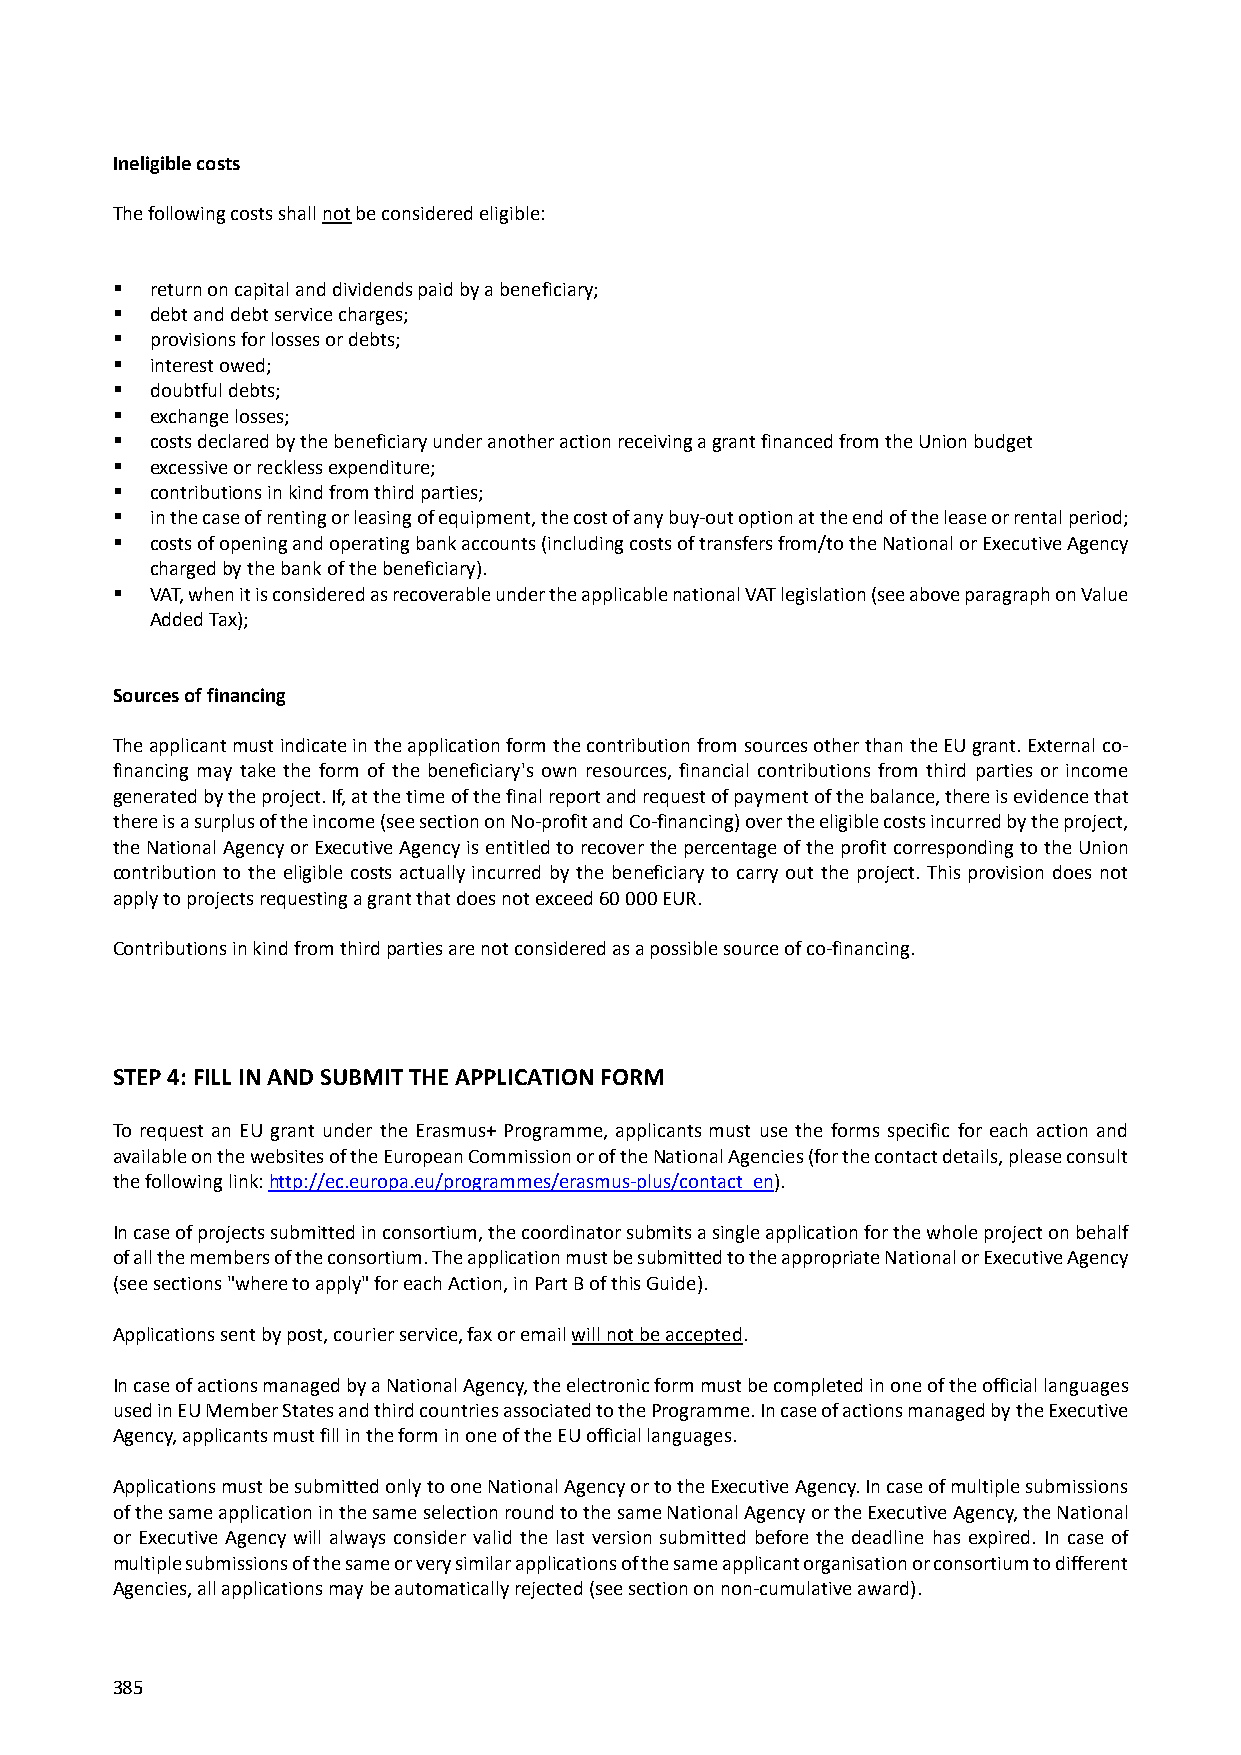
Ineligible costs
 The following costs shall not be considered eligible:
   return on capital and dividends paid by a beneficiary;
   debt and debt service charges;
   provisions for losses or debts;
   interest owed;
   doubtful debts;
   exchange losses;
   costs declared by the beneficiary under another action receiving a grant financed from the Union budget
   excessive or reckless expenditure;
   contributions in kind from third parties;
   in the case of renting or leasing of equipment, the cost of any buy‐out option at the end of the lease or rental period;
   costs of opening and operating bank accounts (including costs of transfers from/to the National or Executive Agency
 charged by the bank of the beneficiary).
   VAT, when it is considered as recoverable under the applicable national VAT legislation (see above paragraph on Value
 Added Tax);
 Sources of financing
 The applicant must indicate in the application form the contribution from sources other than the EU grant. External co‐
 financing may take the form of the beneficiary's own resources, financial contributions from third parties or income
 generated by the project. If, at the time of the final report and request of payment of the balance, there is evidence that
 there is a surplus of the income (see section on No‐profit and Co‐financing) over the eligible costs incurred by the project,
 the National Agency or Executive Agency is entitled to recover the percentage of the profit corresponding to the Union
 contribution to the eligible costs actually incurred by the beneficiary to carry out the project. This provision does not
 apply to projects requesting a grant that does not exceed 60 000 EUR.
 Contributions in kind from third parties are not considered as a possible source of co‐financing.
 STEP 4: FILL IN AND SUBMIT THE APPLICATION FORM
 To request an EU grant under the Erasmus+ Programme, applicants must use the forms specific for each action and
 available on the websites of the European Commission or of the National Agencies (for the contact details, please consult
 the following link: http://ec.europa.eu/programmes/erasmus‐plus/contact_en).
 In case of projects submitted in consortium, the coordinator submits a single application for the whole project on behalf
 of all the members of the consortium. The application must be submitted to the appropriate National or Executive Agency
 (see sections "where to apply" for each Action, in Part B of this Guide).
 Applications sent by post, courier service, fax or email will not be accepted.
 In case of actions managed by a National Agency, the electronic form must be completed in one of the official languages
 used in EU Member States and third countries associated to the Programme. In case of actions managed by the Executive
 Agency, applicants must fill in the form in one of the EU official languages.
 Applications must be submitted only to one National Agency or to the Executive Agency. In case of multiple submissions
 of the same application in the same selection round to the same National Agency or the Executive Agency, the National
 or Executive Agency will always consider valid the last version submitted before the deadline has expired. In case of
 multiple submissions of the same or very similar applications of the same applicant organisation or consortium to different
 Agencies, all applications may be automatically rejected (see section on non‐cumulative award).
 385